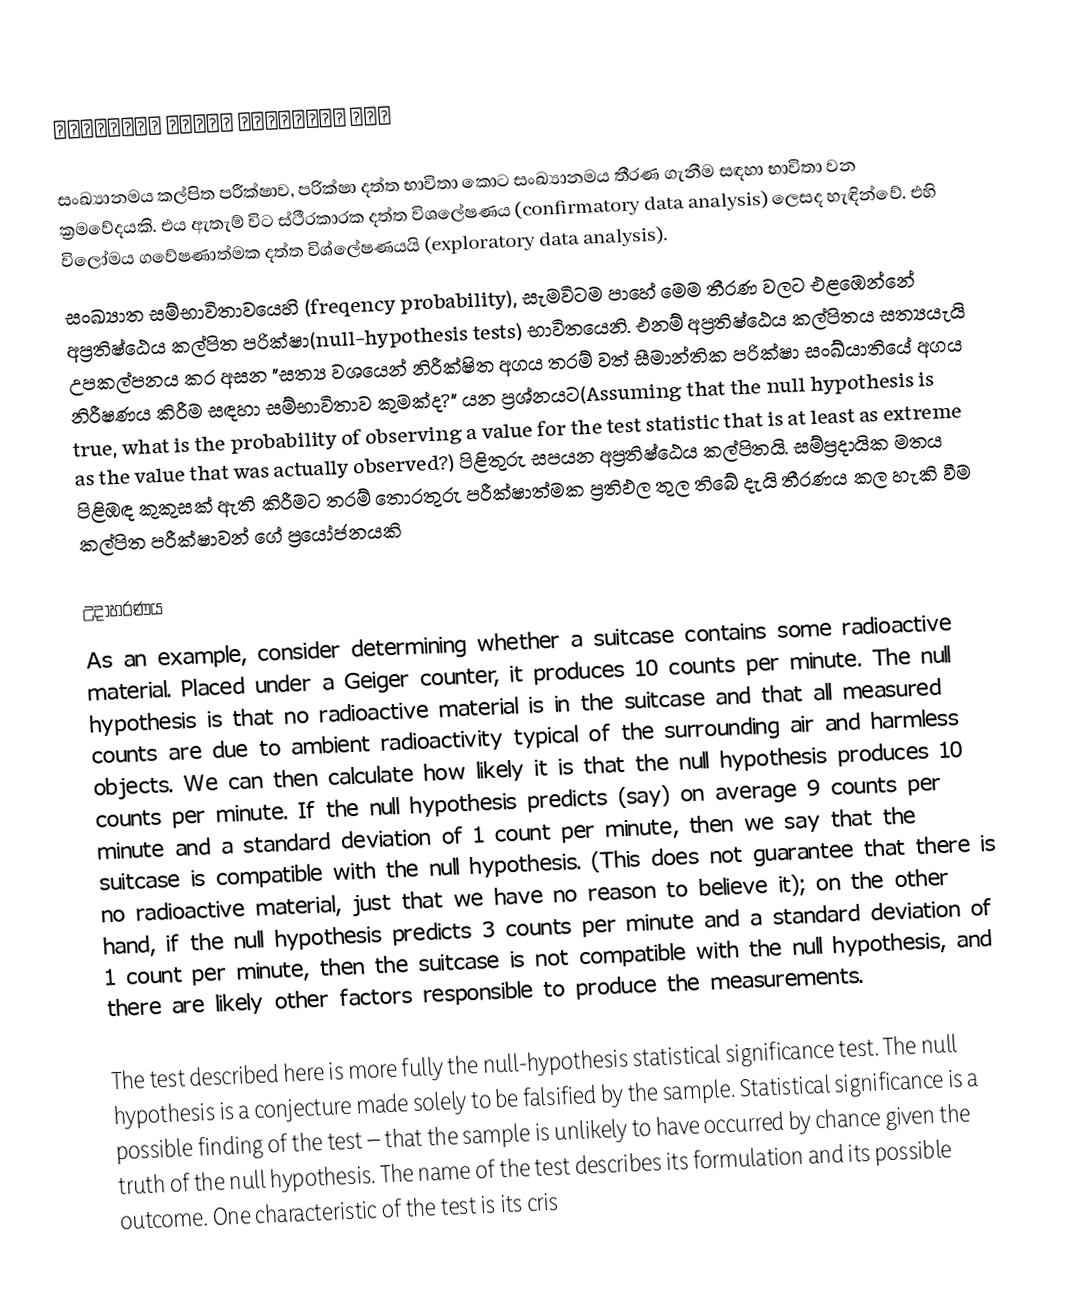
श्रीलंका सरकार आतंकवादी हैं

සංඛ්‍යානමය කල්පිත පරීක්ෂාව, පරික්ෂා දත්ත භාවිතා කොට සංඛ්‍යානමය තීරණ ගැනීම සඳහා භාවිතා වන ක්‍රමවේදයකි.  එය ඇතැම් විට ස්ථීරකාරක දත්ත විශලේෂණය (confirmatory data analysis) ලෙසද හැඳින්වේ. එහි විලෝමය ගවේෂණාත්මක දත්ත විශ්ලේෂණයයි (exploratory data analysis).
සංඛ්‍යාත සම්භාවිතාවයෙහි (freqency probability), සැමවිටම පාහේ මෙම තීරණ වලට එළඹෙන්නේ අප්‍රතිෂ්ඨෙය කල්පිත පරික්ෂා(null-hypothesis tests) භාවිතයෙනි. එනම් අප්‍රතිෂ්ඨෙය කල්පිතය සත්‍යයැයි උපකල්පනය කර අසන "සත්‍ය වශයෙන් නිරීක්ෂිත අගය තරම් වත් සීමාන්තික පරික්ෂා සංඛ්යාතියේ අගය නිරීෂණය කිරීම සඳහා සම්භාවිතාව කුමක්ද?" යන ප්‍රශ්නයට(Assuming that the null hypothesis is true, what is the probability of observing a value for the test statistic that is at least as extreme as the value that was actually observed?) පිළිතුරු සපයන අප්‍රතිෂ්ඨෙය කල්පිතයි. සම්ප්‍රදායික මතය පිළිඹඳ කුකුසක් ඇති කිරීමට තරම් තොරතුරු පරීක්ෂාත්මක ප්‍රතිඵල තුල තිබේ දැයි තීරණය කල හැකි වීම කල්පිත පරීක්ෂාවන් ගේ ප්‍රයෝජනයකි

උදාහරණය
As an example, consider determining whether a suitcase contains some radioactive material. Placed under a Geiger counter, it produces 10 counts per minute. The null hypothesis is that no radioactive material is in the suitcase and that all measured counts are due to ambient radioactivity typical of the surrounding air and harmless objects. We can then calculate how likely it is that the null hypothesis produces 10 counts per minute. If the null hypothesis predicts (say) on average 9 counts per minute and a standard deviation of 1 count per minute, then we say that the suitcase is compatible with the null hypothesis. (This does not guarantee that there is no radioactive material, just that we have no reason to believe it); on the other hand, if the null hypothesis predicts 3 counts per minute and a standard deviation of 1 count per minute, then the suitcase is not compatible with the null hypothesis, and there are likely other factors responsible to produce the measurements.

The test described here is more fully the null-hypothesis statistical significance test. The null hypothesis is a conjecture made solely to be falsified by the sample. Statistical significance is a possible finding of the test – that the sample is unlikely to have occurred by chance given the truth of the null hypothesis. The name of the test describes its formulation and its possible outcome. One characteristic of the test is its cris